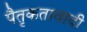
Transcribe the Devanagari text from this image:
पैतृकतावादी